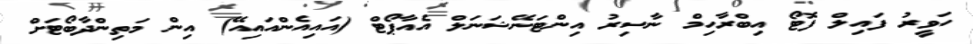
ހަވީރު ފައިލް ފޮޓޯ އިބްރާހިމް ނާސިރު އިންޓަނޭޝަނަލް އެއާޕޯޓް (އައިއެންއައިއޭ) އިން މަތިންދާބޯޓަށް